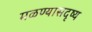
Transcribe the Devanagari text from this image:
मळण्यासदृष्य